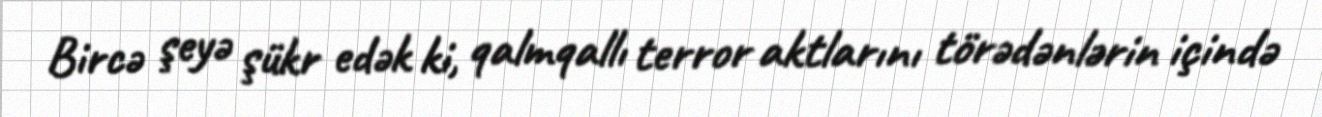
Bircə şeyə şükr edək ki, qalmqallı terror aktlarını törədənlərin içində